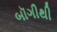
બૉગીથી